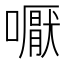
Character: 嚈